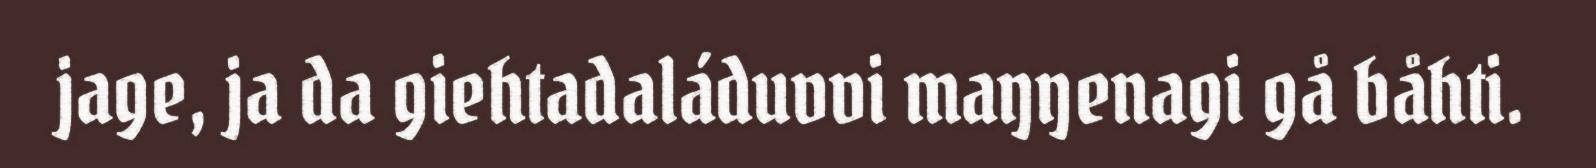
jage, ja da giehtadaláduvvi maŋŋenagi gå båhti.